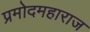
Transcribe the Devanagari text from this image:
प्रमोदमहाराज